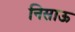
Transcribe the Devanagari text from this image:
निसाऊ